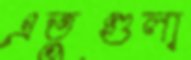
এতুগুলা